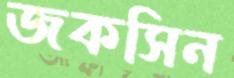
জকসিন